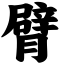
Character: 臂